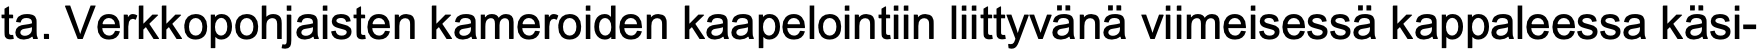
ta. Verkkopohjaisten kameroiden kaapelointiin liittyvänä viimeisessä kappaleessa käsi-